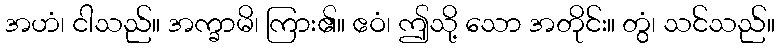
အဟံ၊ ငါသည်။ အက္ခာမိ၊ ကြား၏။ ဧဝံ၊ ဤသို့ သော အတိုင်း။ တွံ၊ သင်သည်။